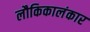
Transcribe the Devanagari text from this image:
लौकिकालंकार